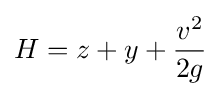
H=z+y+{\frac {v^{2}}{2g}}